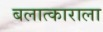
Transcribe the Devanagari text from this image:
बलात्‍काराला